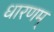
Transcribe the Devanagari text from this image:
धारणम्